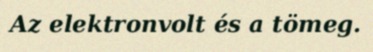
Az elektronvolt és a tömeg.